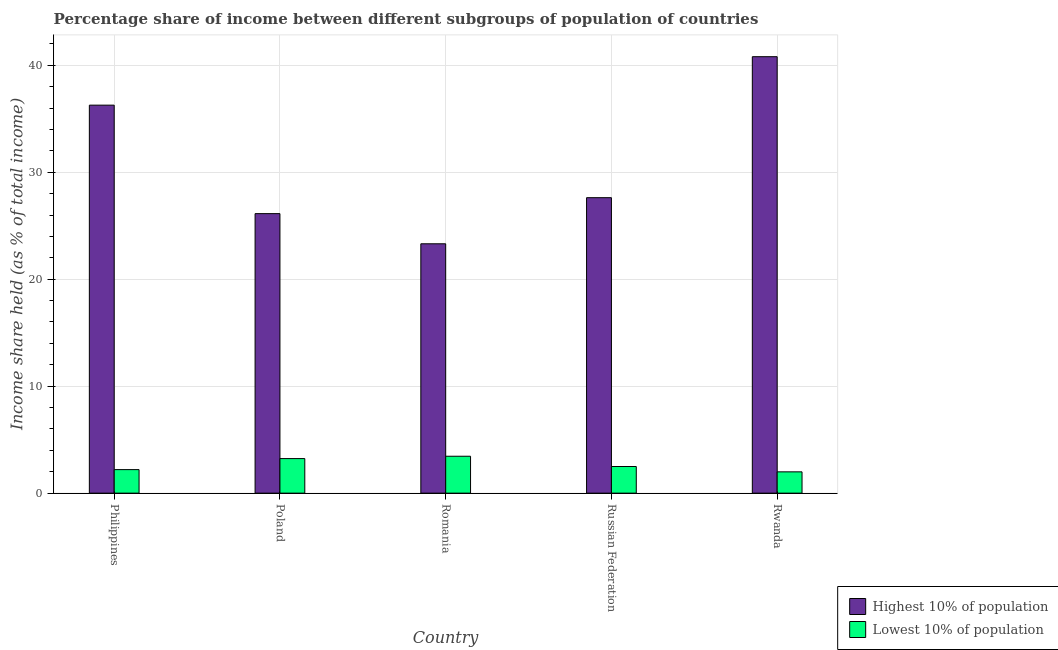
| Country | Highest 10% of population | Lowest 10% of population |
 | --- | --- | --- |
 | Philippines | 36.3 | 2.2 |
 | Poland | 26.1 | 3.23 |
 | Romania | 23.3 | 3.45 |
 | Russian Federation | 27.6 | 2.49 |
 | Rwanda | 40.8 | 1.99 |